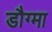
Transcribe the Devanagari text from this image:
डौग्मा